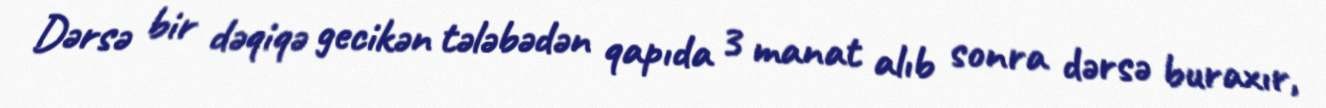
Dərsə bir dəqiqə gecikən tələbədən qapıda 3 manat alıb sonra dərsə buraxır,